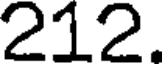
212.